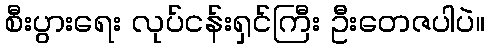
စီးပွားရေး လုပ်ငန်းရှင်ကြီး ဦးတေဇပါပဲ။